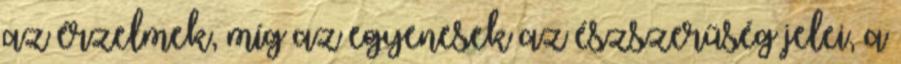
az érzelmek, míg az egyenesek az észszerűség jelei, a